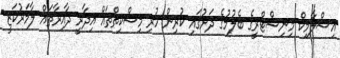
އިސްލާމިކް މިނިސްޓްރީގެ ބެލުމުގެ ދަށުގައި ކުރިން ހުރި މިސްކިތްތައް އިދާރީ ދާއިރާތައް ލާމަރުކަޒީ